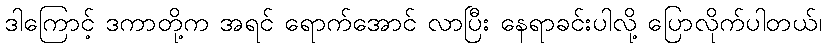
ဒါကြောင့် ဒကာတို့က အရင် ရောက်အောင် လာပြီး နေရာခင်းပါလို့ ပြောလိုက်ပါတယ်၊